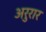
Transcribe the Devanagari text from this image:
अरुरार